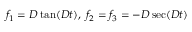
f _ { 1 } = D \tan ( D t ) , \, \, f _ { 2 } = f _ { 3 } = - D \sec ( D t )